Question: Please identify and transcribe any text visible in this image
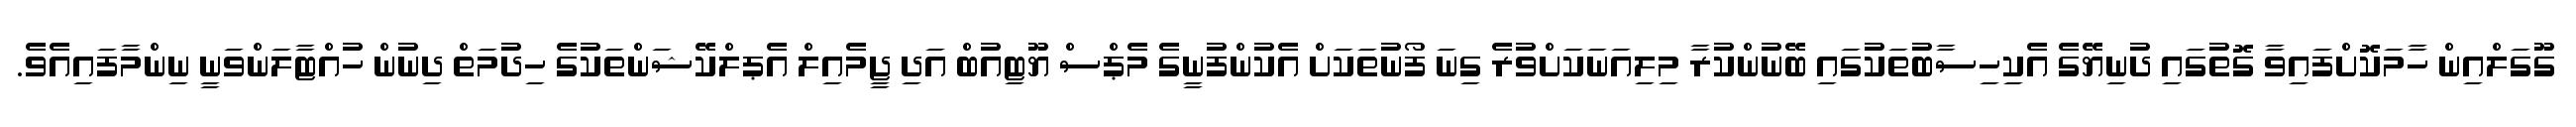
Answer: ގޫގަލްއިން ހާމަކޮށްފައިވާ ގޮތުގައި ދުނިޔޭގެ އެކިހިސާބުތަކުގައި ބޭނުންކުރާ މިލިއަނަކަށްވުރެ ގިނަ ފޯނުތަކަށް އެކުންފުނީގެ މެޕްސް ޔޫޓިއުބް އަދި ޖީމެއިލް އެޕލްކޭޝަންތަކުގެ ހިދުމަތް ދިނުން ހުއްޓާލަންވަނީ ނިންމާފައިއެވެ.